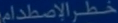
غُظْرِ الْأ